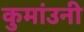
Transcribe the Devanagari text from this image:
कुमांउनी